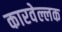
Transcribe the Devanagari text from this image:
कारवेल्लक